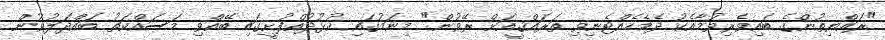
"ރައްޔިތުންގެ ބައިވެރިވުމާއެކު ދެމެހެއްޓެނިވި ތަރައްޤީއަށް ރޭވުން" މިނަމުގައި ކުޅުދުއްފުށީގައި ބޭއްވި މަސައްކަތު ބައްދަލުވުން